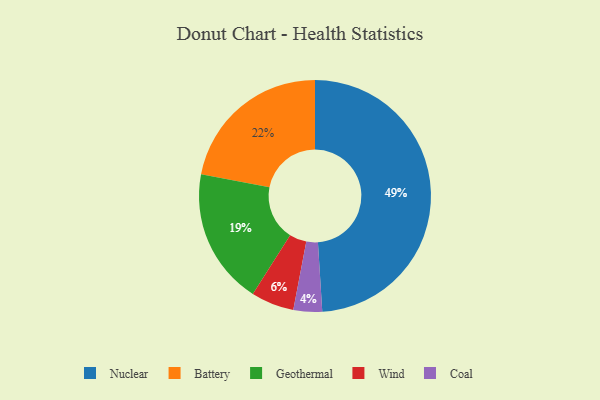
{"axis": {"x": "Category", "y": "Percentage"}, "legend": ["Battery", "Coal", "Geothermal", "Nuclear", "Wind"], "data": [{"x": "Coal", "y": 4, "type": "Coal"}, {"x": "Wind", "y": 6, "type": "Wind"}, {"x": "Geothermal", "y": 19, "type": "Geothermal"}, {"x": "Nuclear", "y": 49, "type": "Nuclear"}, {"x": "Battery", "y": 22, "type": "Battery"}]}